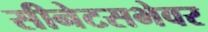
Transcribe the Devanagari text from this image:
सीनेटसभेवर